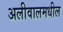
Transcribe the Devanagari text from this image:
अलीवालमधील